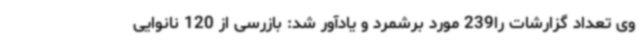
وی تعداد گزارشات را239 مورد برشمرد و یادآور شد: بازرسی از 120 نانوایی